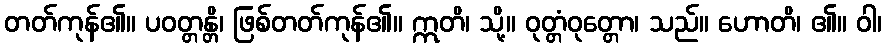
တတ်ကုန်၏။ ပဝတ္တန္တိ၊ ဖြစ်တတ်ကုန်၏။ ဣတိ၊ သို့။ ဝုတ္တံဝုတ္တော၊ သည်။ ဟောတိ၊ ၏။ ဝါ၊